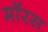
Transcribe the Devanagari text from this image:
मॉरस